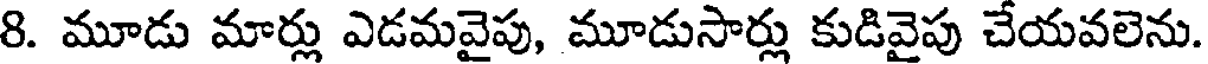
8. మూడు మార్లు ఎడమవైపు, మూడుసార్లు కుడివైపు చేయవలెను.